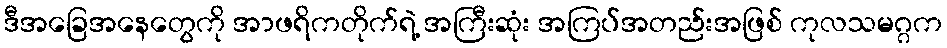
ဒီအခြေအနေတွေကို အာဖရိကတိုက်ရဲ့ အကြီးဆုံး အကြပ်အတည်းအဖြစ် ကုလသမဂ္ဂက